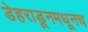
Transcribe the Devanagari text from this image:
डेहराडूनमधूनच